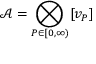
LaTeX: { \mathcal { A } } = \bigotimes _ { P \in \lbrack 0 , \infty ) } [ v _ { P } ]